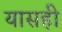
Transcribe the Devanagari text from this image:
यासही